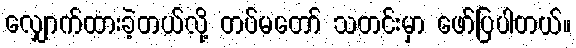
လျှောက်ထားခဲ့တယ်လို့ တပ်မတော် သတင်းမှာ ဖော်ပြပါတယ်။